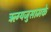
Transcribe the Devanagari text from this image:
ऋग्यजुसामके